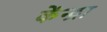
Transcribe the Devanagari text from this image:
केंन्द्रा